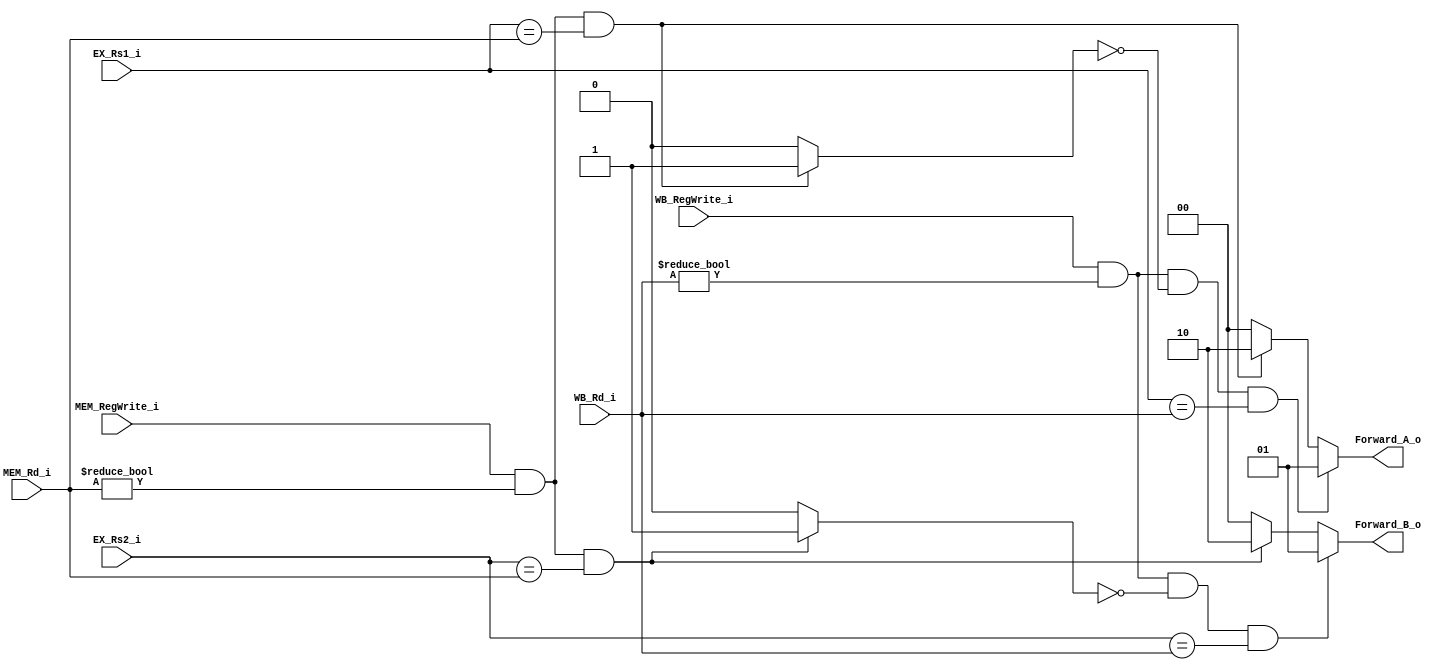
module Forwarding_Unit(
	EX_Rs1_i,
	EX_Rs2_i,
	MEM_RegWrite_i,
	MEM_Rd_i,
	WB_RegWrite_i,
	WB_Rd_i,
	Forward_A_o,
	Forward_B_o
);
input [4:0] EX_Rs1_i;
input [4:0] EX_Rs2_i;
input 		MEM_RegWrite_i;
input [4:0] MEM_Rd_i;
input 		WB_RegWrite_i;
input [4:0] WB_Rd_i;
output [1:0] Forward_A_o;
output [1:0] Forward_B_o;
reg 		flag_A;
reg 		flag_B;

reg [1:0] Forward_A_result;
reg [1:0] Forward_B_result;
assign Forward_A_o = Forward_A_result;
assign Forward_B_o = Forward_B_result;

always @(EX_Rs1_i or EX_Rs2_i or MEM_RegWrite_i or MEM_Rd_i or WB_Rd_i or WB_RegWrite_i) begin
	Forward_A_result = 2'b00;
	Forward_B_result = 2'b00;
	flag_A = 1'b0;
	flag_B = 1'b0;
	// EX hazard, instruction distance = 1
	if(MEM_RegWrite_i && (MEM_Rd_i != 0) && (EX_Rs1_i == MEM_Rd_i)) begin
		Forward_A_result = 2'b10;
		flag_A = 1'b1;
	end	

	if(MEM_RegWrite_i && (MEM_Rd_i != 0) && (EX_Rs2_i == MEM_Rd_i)) begin
		Forward_B_result = 2'b10;
		flag_B = 1'b1;
	end	

	// MEM hazard, instruction distance = 2
	if(WB_RegWrite_i && (WB_Rd_i != 0) && (flag_A == 0) && (EX_Rs1_i == WB_Rd_i)) begin
		Forward_A_result = 2'b01;
	end

	if(WB_RegWrite_i && (WB_Rd_i != 0) && (flag_B == 0) && (EX_Rs2_i == WB_Rd_i)) begin
		Forward_B_result = 2'b01;
	end
end

endmodule